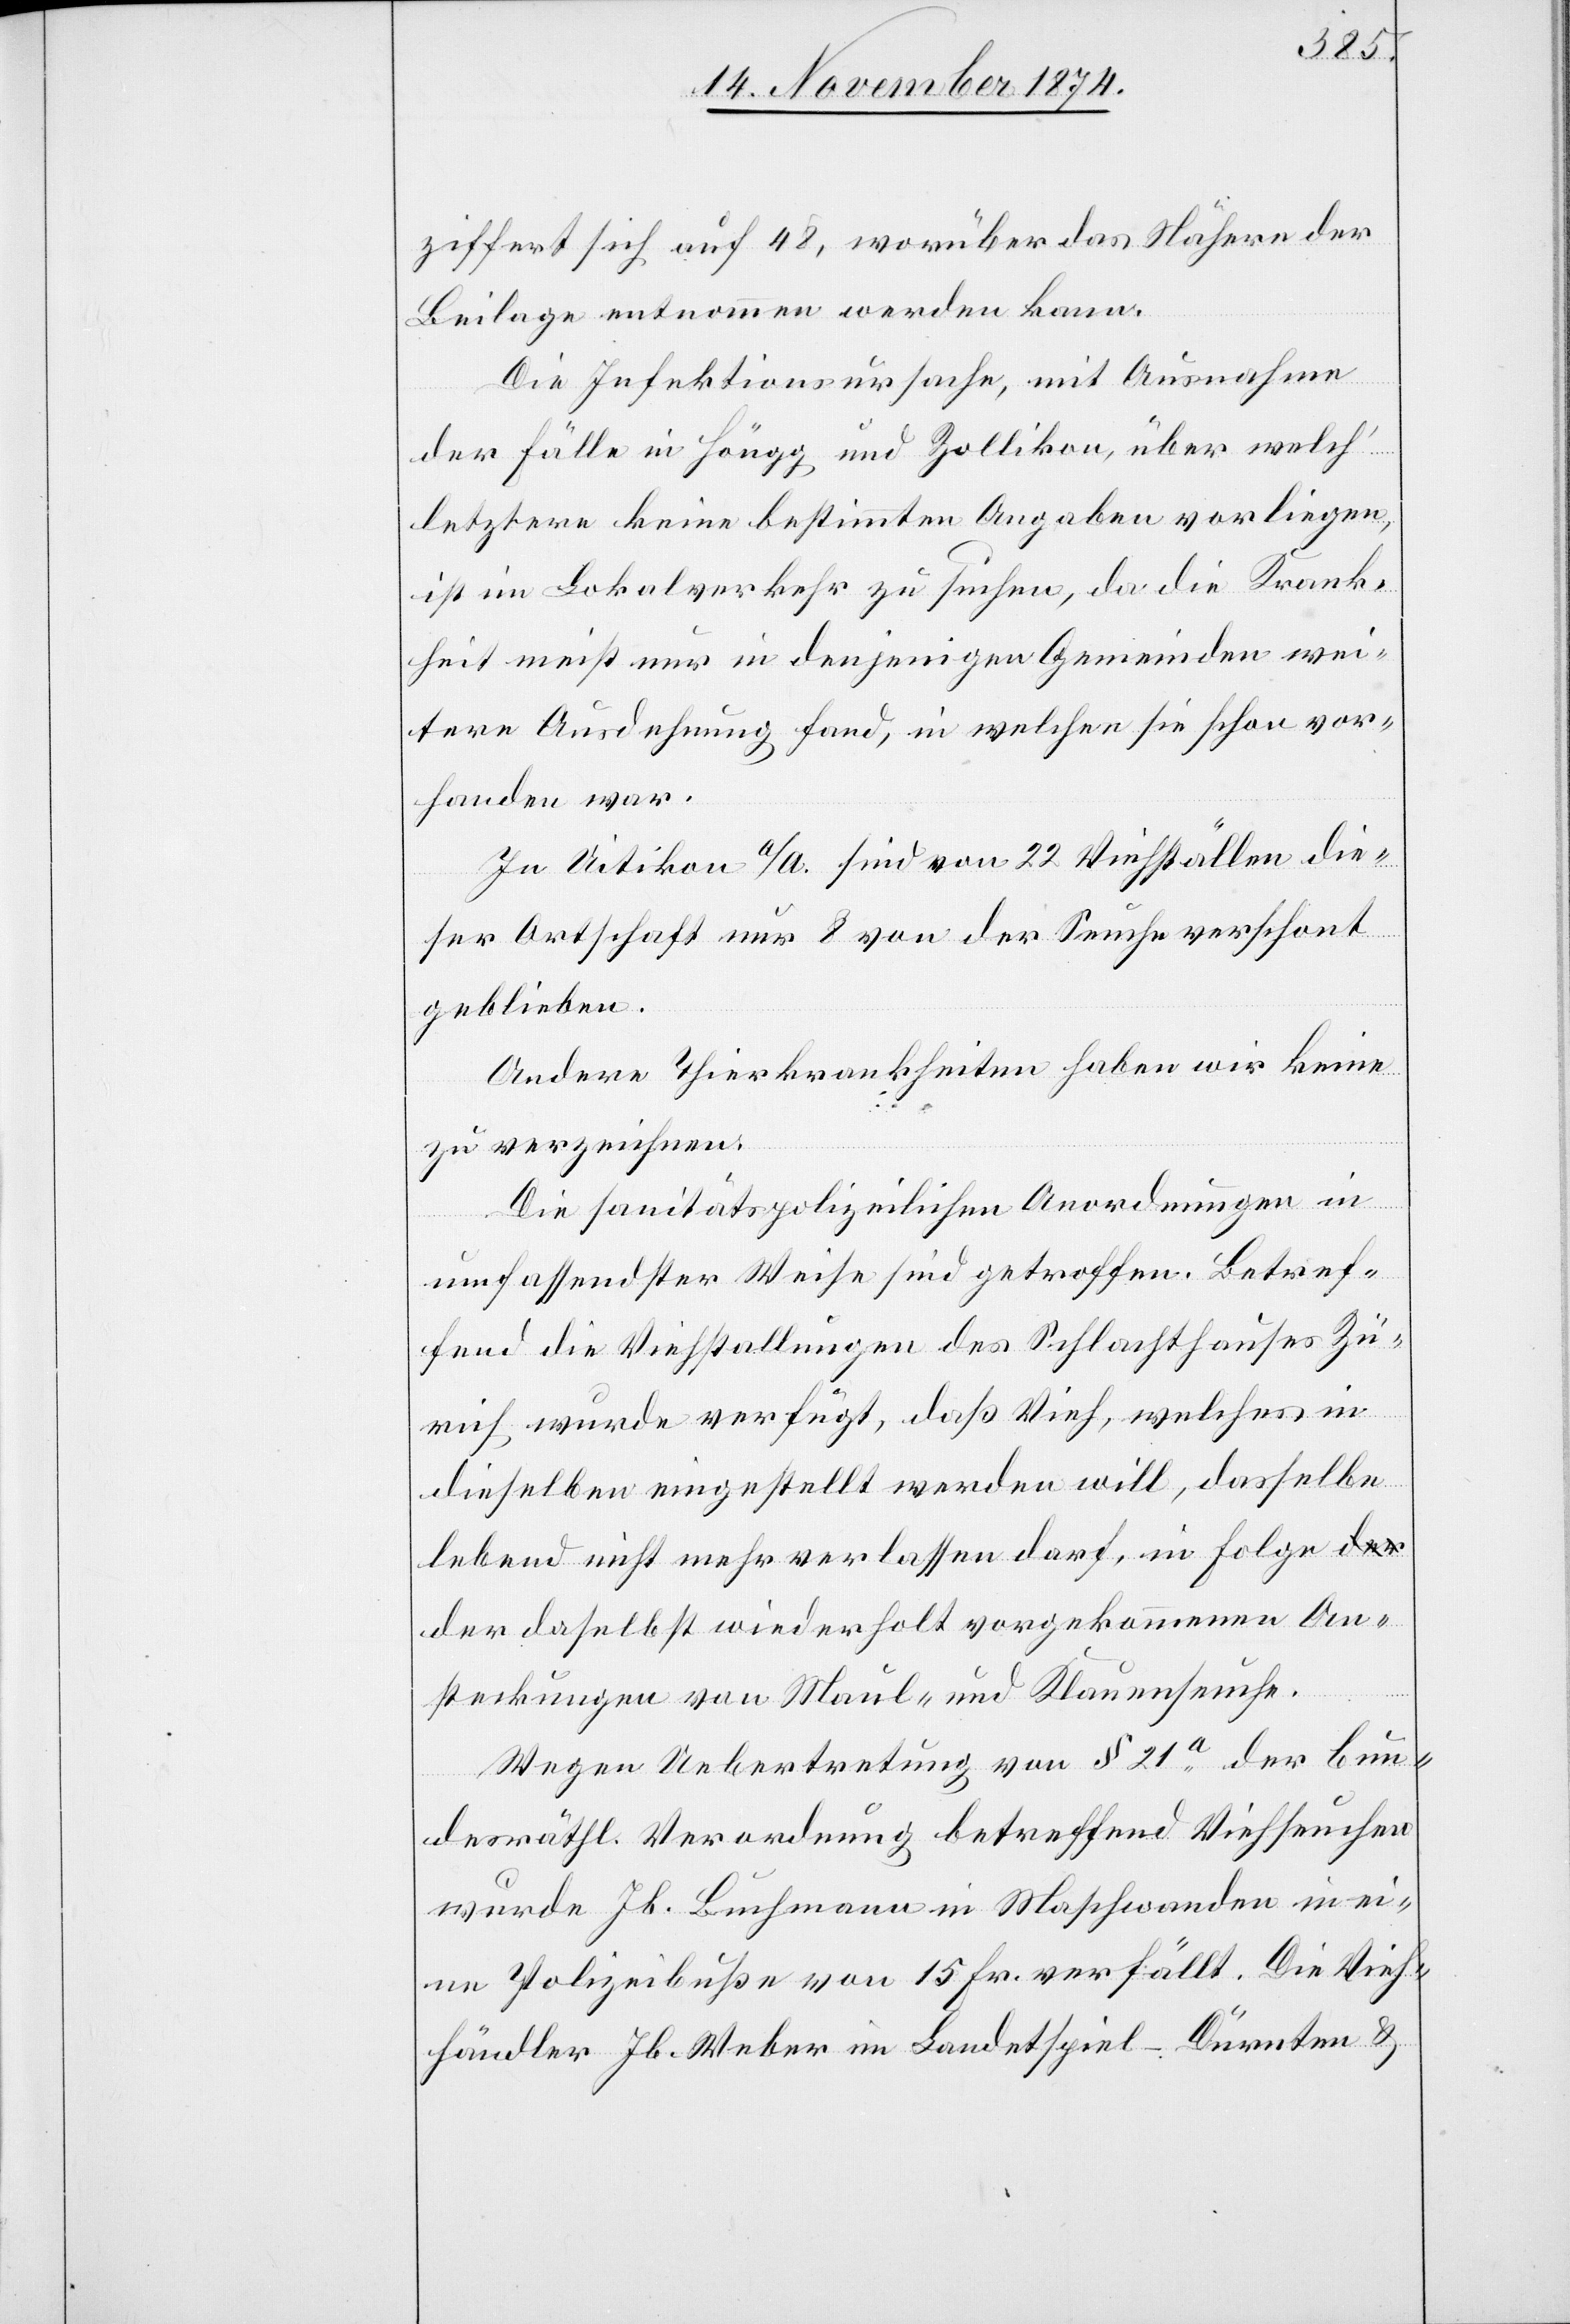
ziffert sich auf 48, worüber das Nähere der
Beilage entnommen werden kann.
Die Infektionsursache, mit Ausnahme
der Fälle in Höngg und Zollikon, über welch’
letztere keine bestimmten Angaben vorliegen,
ist im Lokalverkehr zu suchen, da die Krank¬
heit meist nur in denjenigen Gemeinden wei¬
tere Ausdehnung fand, in welchen sie schon vor¬
handen war.
In Uitikon a/A. sind von 22 Viehställen die¬
ser Ortschaft nur 8 von der Seuche verschont
geblieben.
Andere Thierkrankheiten haben wir keine
zu verzeichnen.
Die sanitätspolizeilichen Anordnungen in
umfassendster Weise sind getroffen. Betref¬
fend die Viehstallungen des Schlachthauses Zü¬
rich wurde verfügt, daß Vieh, welches in
dieselben eingestellt werden will, dasselbe
lebend nicht mehr verlassen darf, in Folge
der daselbst wiederholt vorgekommenen An¬
steckungen von Maul- und Klauenseuche.
Wegen Uebertretung von § 21a der bun¬
desräthl. Verordnung betreffend Viehseuchen
wurde Jb. Buchmann in Maschwanden in ei¬
ne Polizeibuße von 15 Fr. verfällt. Die Vieh¬
händler Jb. Weber im Landetspiel-Dürnten &